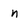
Character: n